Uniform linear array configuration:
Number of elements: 64
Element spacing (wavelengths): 1
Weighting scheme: exponential
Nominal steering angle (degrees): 0
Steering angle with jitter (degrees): -1.617
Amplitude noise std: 0.05
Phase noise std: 0.05

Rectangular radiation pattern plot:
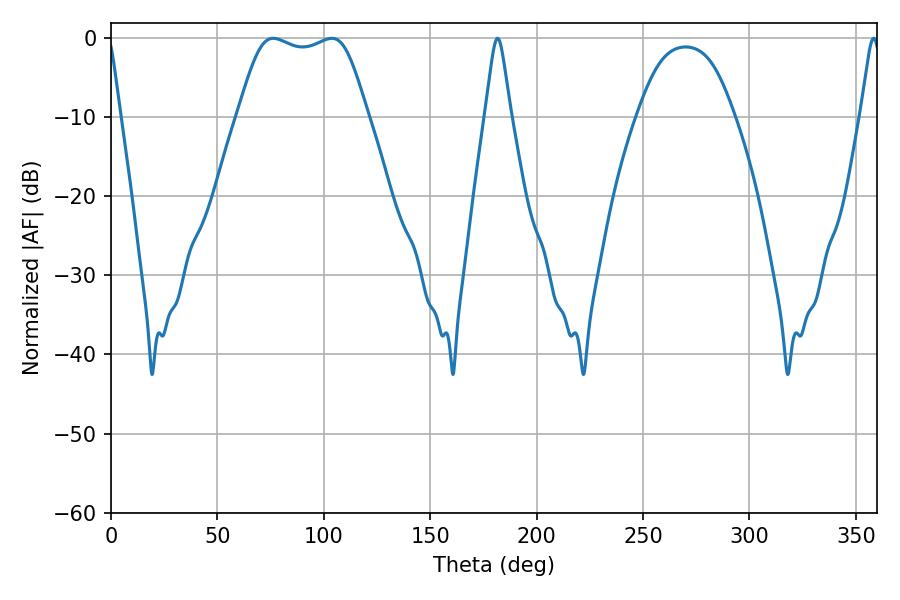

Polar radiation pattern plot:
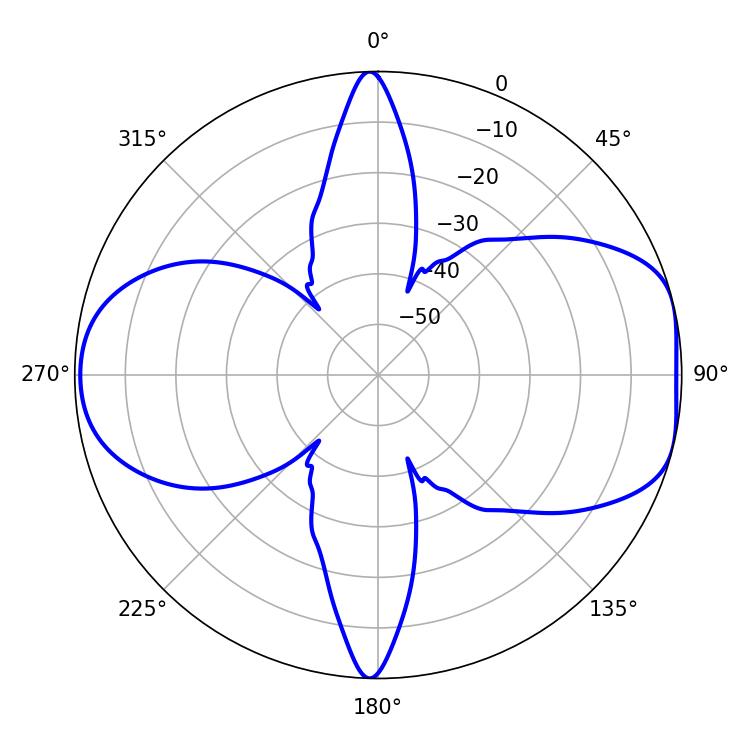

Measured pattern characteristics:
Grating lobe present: TRUE
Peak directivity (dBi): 7.678
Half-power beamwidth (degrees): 46.08
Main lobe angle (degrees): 76.32